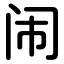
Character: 闹